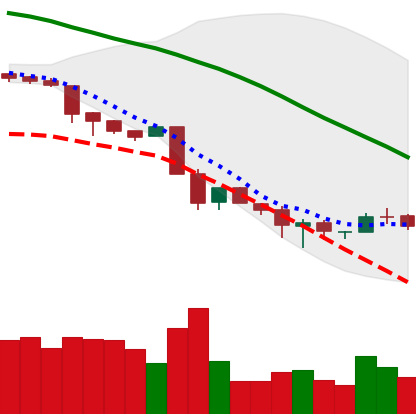
Ticker: BNB-USD
Chart end date: 2018-11-30
Forward return: 17.834%
Label: up_7plus